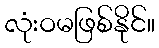
လုံးဝမဖြစ်နိုင်။